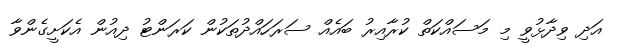
އަދި ވިދާޅުވީ މި މަސައްކަތް ކުރާއިރު ބައެއް ސަރަހައްދުތަކުން ކަރަންޓު ދިއުން އެކަށީގެންވާ